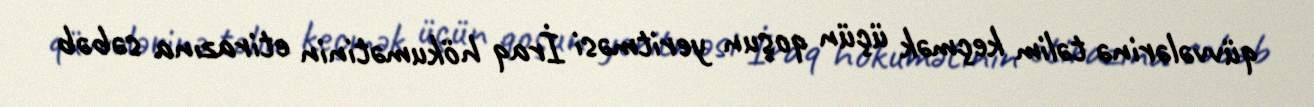
qüvvələrinə təlim keçmək üçün qoşun yeritməsi İraq hökumətinin etirazına səbəb